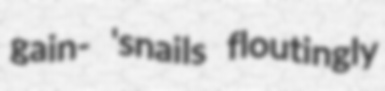
gain- 'snails floutingly